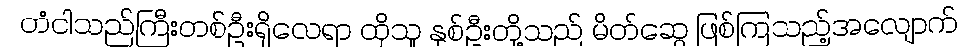
တံငါသည်ကြီးတစ်ဦးရှိလေရာ ထိုသူ နှစ်ဦးတို့သည် မိတ်ဆွေ ဖြစ်ကြသည့်အလျောက်